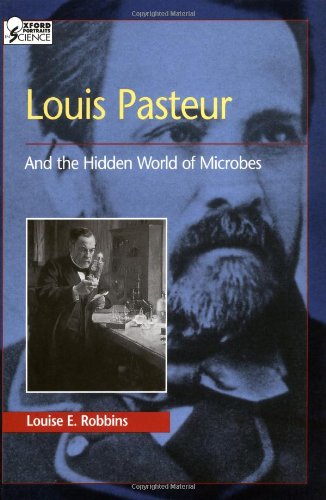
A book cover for Louis Pasteur and the Hidden World of Microbes (Oxford Portraits in Science); Louise E. Robbins; Teen & Young Adult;